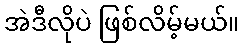
အဲဒီလိုပဲ ဖြစ်လိမ့်မယ်။